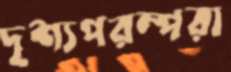
দৃশ্যপরম্পরা